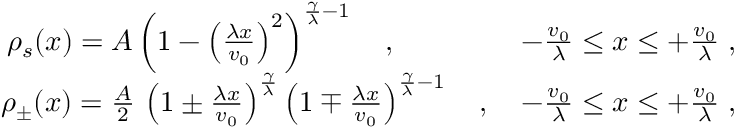
\begin{array} { r l r } & { } & { \rho _ { s } ( x ) = A \left( 1 - \left( \frac { \lambda x } { v _ { 0 } } \right) ^ { 2 } \right) ^ { \frac { \gamma } { \lambda } - 1 } \quad , \quad \quad \quad \quad \; - \frac { v _ { 0 } } { \lambda } \leq x \leq + \frac { v _ { 0 } } { \lambda } \; , } \\ & { } & { \rho _ { \pm } ( x ) = \frac { A } { 2 } \, \left( 1 \pm \frac { \lambda x } { v _ { 0 } } \right) ^ { \frac { \gamma } { \lambda } } \left( 1 \mp \frac { \lambda x } { v _ { 0 } } \right) ^ { \frac { \gamma } { \lambda } - 1 } \quad , \quad - \frac { v _ { 0 } } { \lambda } \leq x \leq + \frac { v _ { 0 } } { \lambda } \; , } \end{array}